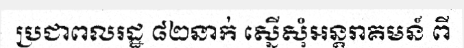
ប្រជាពលរដ្ឋ ៨២នាក់ ស្នើសុំអន្តរាគមន៍ ពី